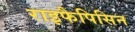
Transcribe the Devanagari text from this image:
राइफैपिसिन